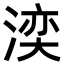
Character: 湙